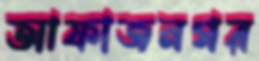
আফাজনগর